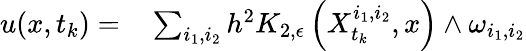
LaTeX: \begin{array}{rl}{u(x,t_{k})=}&{{}\sum_{i_{1},i_{2}}h^{2}K_{2,\epsilon}\left(X_{t_{k}}^{i_{1},i_{2}},x\right)\wedge\omega_{i_{1},i_{2}}}\end{array}